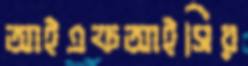
আইএফআইসির